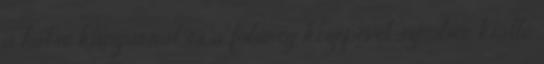
a hátsó kanyarral és a fülüreg közepével szemben kiálló